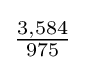
{\tfrac {3,584}{975}}